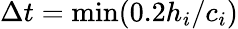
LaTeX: \Delta t=\operatorname*{min}(0.2{h_{i}}/{c_{i}})